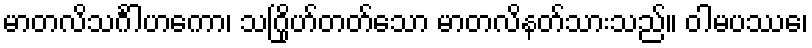
မာတလိသင်္ဂါဟကော၊ သဂြိုဟ်တတ်သော မာတလိနတ်သားသည်။ ဝါမပဿေ၊